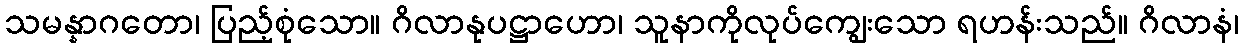
သမန္နာဂတော၊ ပြည့်စုံသော။ ဂိလာနုပဋ္ဌာဟော၊ သူနာကိုလုပ်ကျွေးသော ရဟန်းသည်။ ဂိလာနံ၊